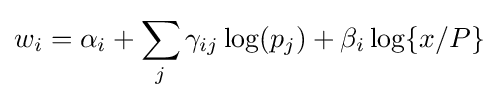
w_{i}=\alpha _{i}+\sum _{j}\gamma _{ij}\log(p_{j})+\beta _{i}\log\{x/P\}